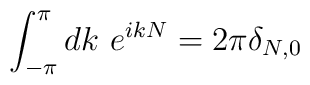
\int_{-\pi}^{\pi} dk ~e^{ikN} = 2 \pi \delta_{N,0}